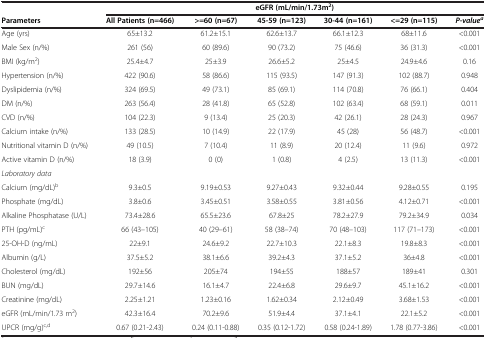
<table><thead><tr><td><b> </b></td><td colspan="6"><b>eGFR (mL/min/1.73m<sup>2</sup>)</b></td></tr><tr><td><b>Parameters</b></td><td><b>All Patients (n=466)</b></td><td><b>&gt;=60 (n=67)</b></td><td><b>45-59 (n=123)</b></td><td><b>30-44 (n=161)</b></td><td><b>&lt;=29 (n=115)</b></td><td><b><i>P-value</i><sup><i>a</i></sup></b></td></tr></thead><tbody><tr><td>Age (yrs)</td><td>65±13.2</td><td>61.2±15.1</td><td>62.6±13.7</td><td>66.1±12.3</td><td>68±11.6</td><td>&lt;0.001</td></tr><tr><td>Male Sex (n/%)</td><td>261 (56)</td><td>60 (89.6)</td><td>90 (73.2)</td><td>75 (46.6)</td><td>36 (31.3)</td><td>&lt;0.001</td></tr><tr><td>BMI (kg/m<sup>2</sup>)</td><td>25.4±4.7</td><td>25±3.9</td><td>26.6±5.2</td><td>25±4.5</td><td>24.9±4.6</td><td>0.16</td></tr><tr><td>Hypertension (n/%)</td><td>422 (90.6)</td><td>58 (86.6)</td><td>115 (93.5)</td><td>147 (91.3)</td><td>102 (88.7)</td><td>0.948</td></tr><tr><td>Dyslipidemia (n/%)</td><td>324 (69.5)</td><td>49 (73.1)</td><td>85 (69.1)</td><td>114 (70.8)</td><td>76 (66.1)</td><td>0.404</td></tr><tr><td>DM (n/%)</td><td>263 (56.4)</td><td>28 (41.8)</td><td>65 (52.8)</td><td>102 (63.4)</td><td>68 (59.1)</td><td>0.011</td></tr><tr><td>CVD (n/%)</td><td>104 (22.3)</td><td>9 (13.4)</td><td>25 (20.3)</td><td>42 (26.1)</td><td>28 (24.3)</td><td>0.967</td></tr><tr><td>Calcium intake (n/%)</td><td>133 (28.5)</td><td>10 (14.9)</td><td>22 (17.9)</td><td>45 (28)</td><td>56 (48.7)</td><td>&lt;0.001</td></tr><tr><td>Nutritional vitamin D (n/%)</td><td>49 (10.5)</td><td>7 (10.4)</td><td>11 (8.9)</td><td>20 (12.4)</td><td>11 (9.6)</td><td>0.972</td></tr><tr><td>Active vitamin D (n/%)</td><td>18 (3.9)</td><td>0 (0)</td><td>1 (0.8)</td><td>4 (2.5)</td><td>13 (11.3)</td><td>&lt;0.001</td></tr><tr><td><i>Laboratory data</i></td><td> </td><td> </td><td> </td><td> </td><td> </td><td> </td></tr><tr><td>Calcium (mg/dL)<sup>b</sup></td><td>9.3±0.5</td><td>9.19±0.53</td><td>9.27±0.43</td><td>9.32±0.44</td><td>9.28±0.55</td><td>0.195</td></tr><tr><td>Phosphate (mg/dL)</td><td>3.8±0.6</td><td>3.45±0.51</td><td>3.58±0.55</td><td>3.81±0.56</td><td>4.12±0.71</td><td>&lt;0.001</td></tr><tr><td>Alkaline Phosphatase (U/L)</td><td>73.4±28.6</td><td>65.5±23.6</td><td>67.8±25</td><td>78.2±27.9</td><td>79.2±34.9</td><td>0.034</td></tr><tr><td>PTH (pg/mL)<sup>c</sup></td><td>66 (43–105)</td><td>40 (29–61)</td><td>58 (38–74)</td><td>70 (48–103)</td><td>117 (71–173)</td><td>&lt;0.001</td></tr><tr><td>25-OH-D (ng/mL)</td><td>22±9.1</td><td>24.6±9.2</td><td>22.7±10.3</td><td>22.1±8.3</td><td>19.8±8.3</td><td>&lt;0.001</td></tr><tr><td>Albumin (g/L)</td><td>37.5±5.2</td><td>38.1±6.6</td><td>39.2±4.3</td><td>37.1±5.2</td><td>36±4.8</td><td>&lt;0.001</td></tr><tr><td>Cholesterol (mg/dL)</td><td>192±56</td><td>205±74</td><td>194±55</td><td>188±57</td><td>189±41</td><td>0.301</td></tr><tr><td>BUN (mg/dL)</td><td>29.7±14.6</td><td>16.1±4.7</td><td>22.4±6.8</td><td>29.6±9.7</td><td>45.1±16.2</td><td>&lt;0.001</td></tr><tr><td>Creatinine (mg/dL)</td><td>2.25±1.21</td><td>1.23±0.16</td><td>1.62±0.34</td><td>2.12±0.49</td><td>3.68±1.53</td><td>&lt;0.001</td></tr><tr><td>eGFR (mL/min/1.73 m<sup>2</sup>)</td><td>42.3±16.4</td><td>70.2±9.6</td><td>51.9±4.4</td><td>37.1±4.1</td><td>22.1±5.2</td><td>&lt;0.001</td></tr><tr><td>UPCR (mg/g)<sup>c,d</sup></td><td>0.67 (0.21-2.43)</td><td>0.24 (0.11-0.88)</td><td>0.35 (0.12-1.72)</td><td>0.58 (0.24-1.89)</td><td>1.78 (0.77-3.86)</td><td>&lt;0.001</td></tr></tbody></table>